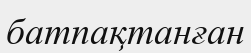
батпақтанған